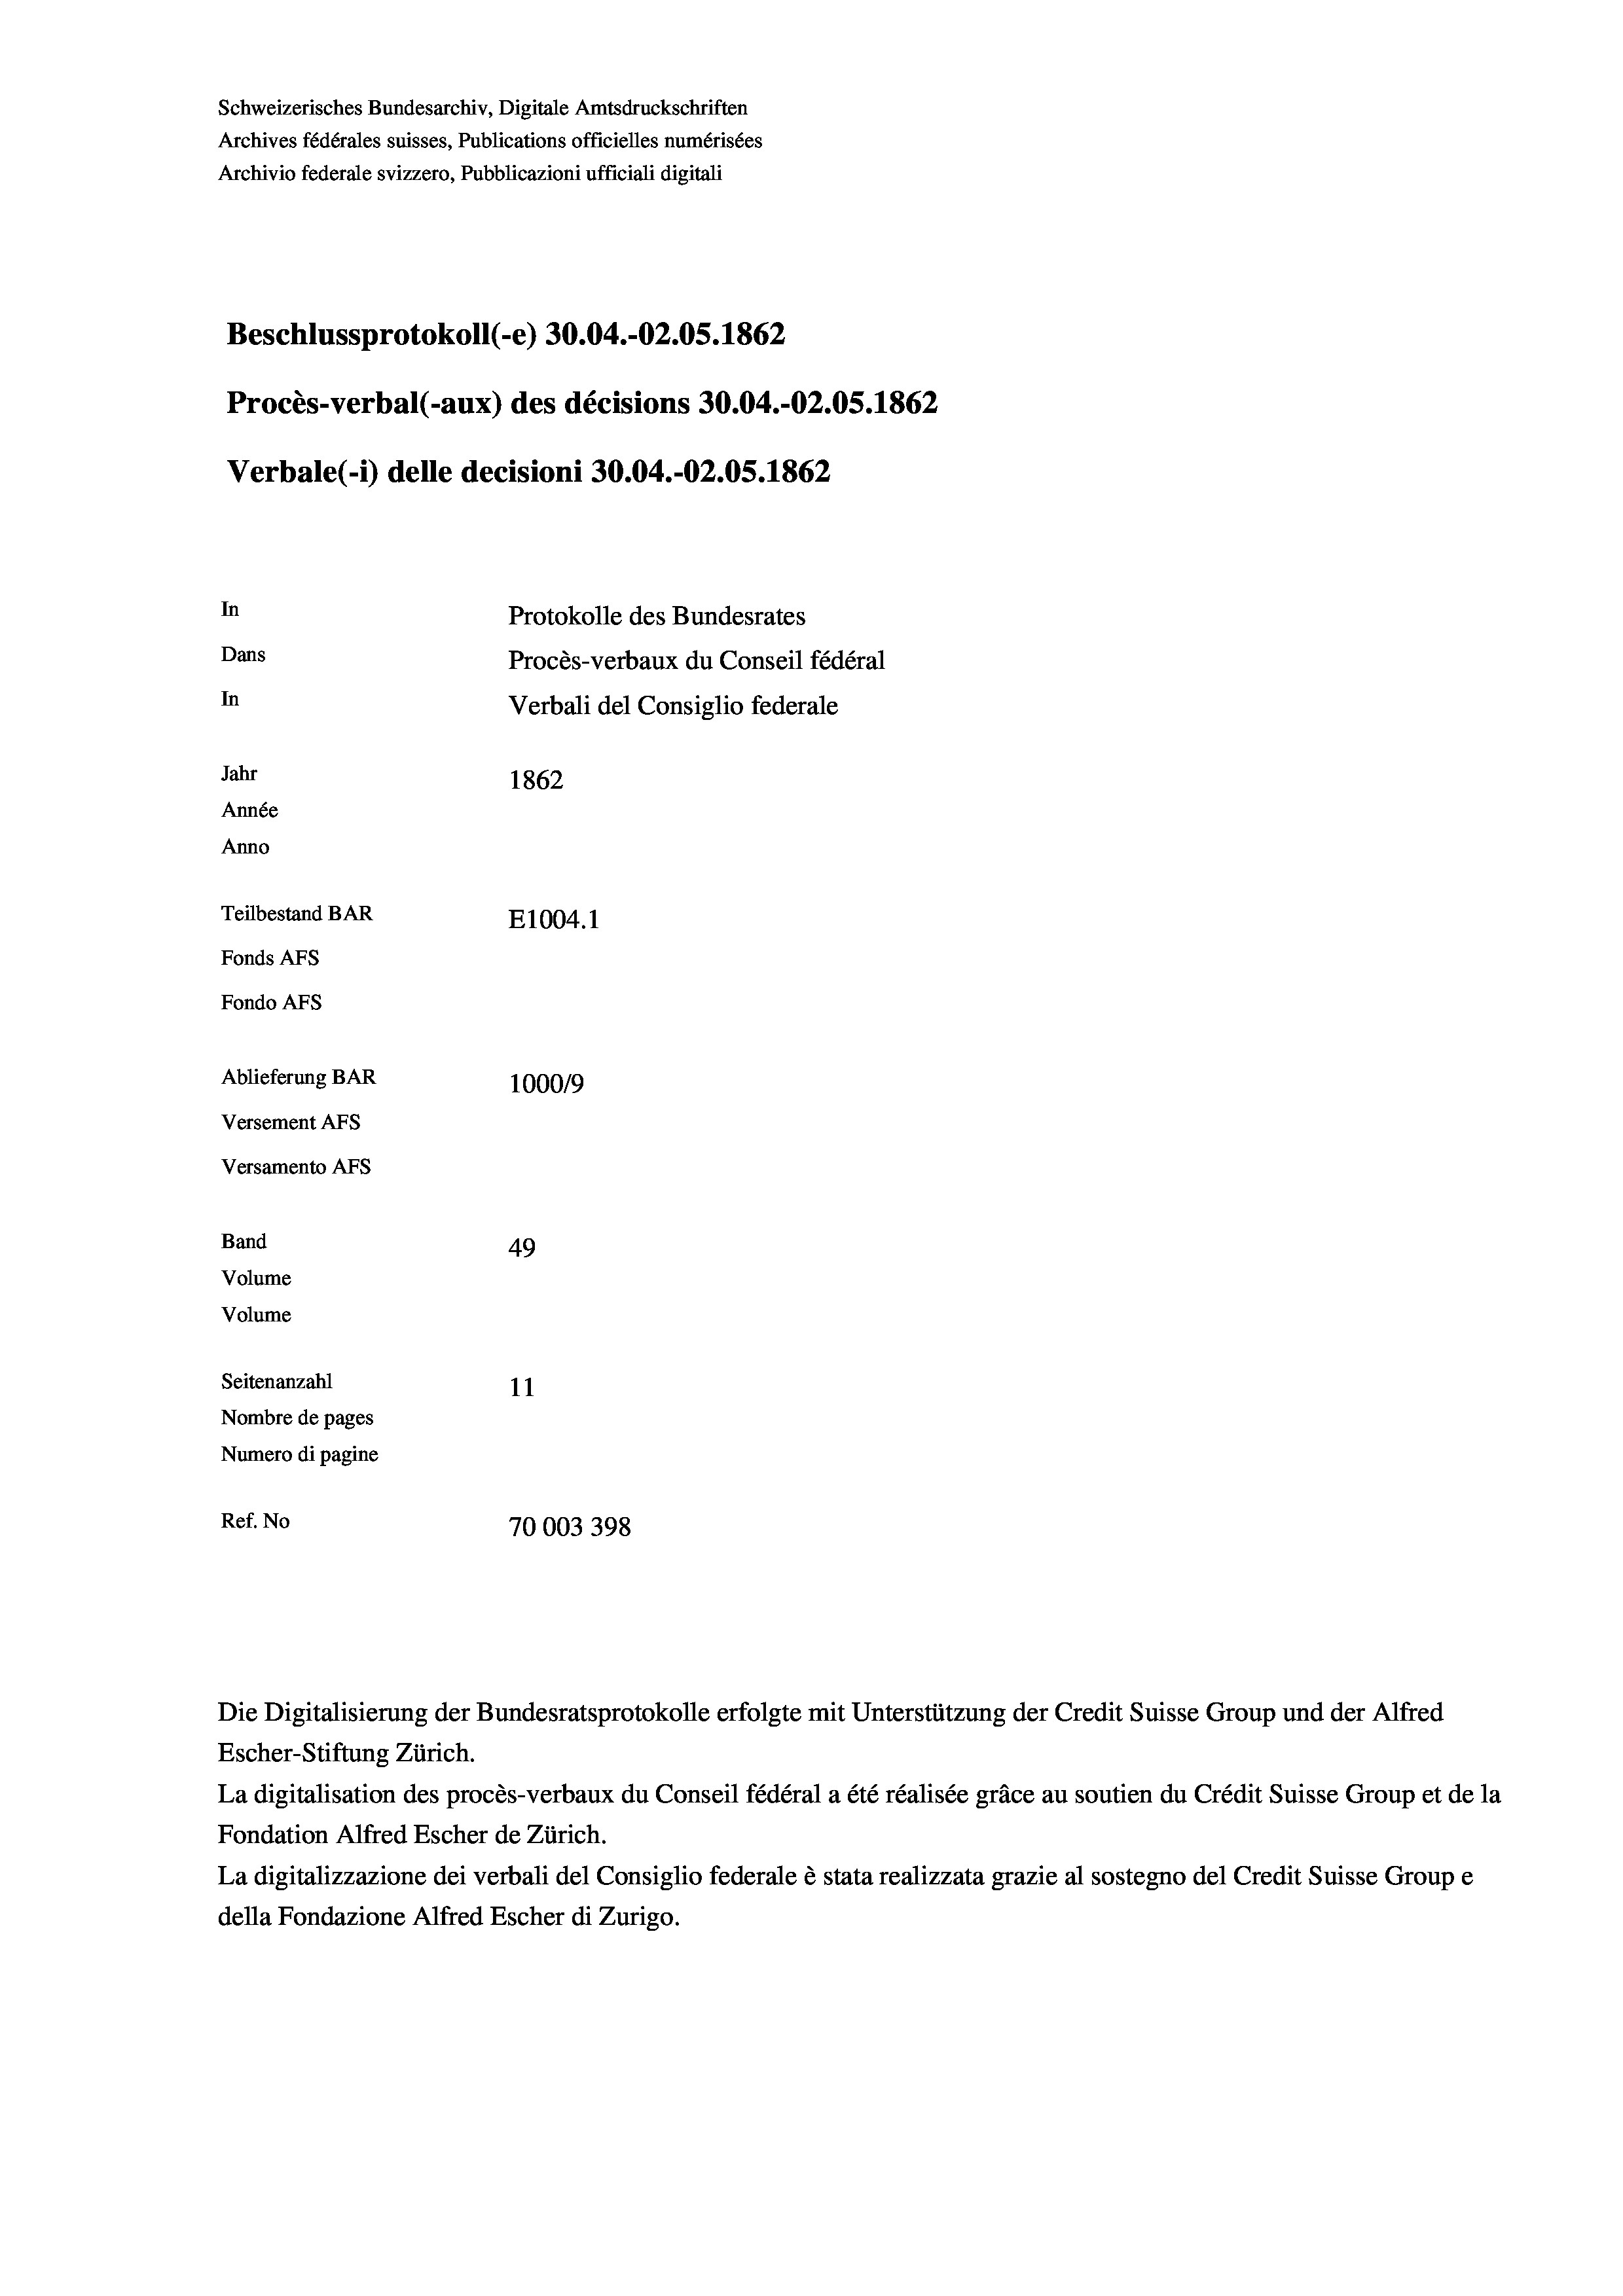
Schweizerisches Bundesarchiv, Digitale Amtsdruckschriften
Archives fédérales suisses, Publications officielles numérisées
Archivio federale svizzero, Pubblicazioni ufficiali digitali
Beschlussprotokoll (-e) 30.04.-O2.05. 1862
Procès-verbal (-aux) des décisions 30.04.-O2.05. 1862
Verbale (1) delle decisioni 30.04.-OZ.05. 1862
In
Protokolle des Bundesrates
Dans
Procès-verbaux du Conseil fédéral
In
Verbali del Consiglio federale
Jahr
1862
Année
Anno
Teilbestand BAR
E1004. 1
Fonds AFs
Fondo Afs
Ablieferung BAR
100019
Versement AFs
Versamento AFs
Band
49
Volume
Volume
Seitenanzahl
11
Nombre de pages
Numero di pagine
Ref. No
70003398

Escher-Stiftung Zürich.
La digitalisation des procès-verbaux du Conseil fédéral a été réalisée gräce au soutien du Crédit Suisse Group et de la
Fondation Alfred Escher de Zürich.
La digitalizzazione dei verbali del Consiglio federale è stata realizzata grazie al sostegno del Credit Suisse Groupe
della Fondazione Alfred Escher di Zurigo.

Die Digitalisierung der Bundesratsprotokolle erfolgte mit Unterstützung der Credit Suisse Group und der Alfred